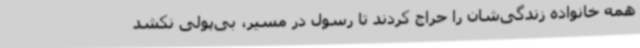
همه خانواده زندگی‌شان را حراج کردند تا رسول در مسیر، بی‌پولی نکشد